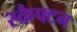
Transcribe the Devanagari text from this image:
स्क्रैफ्टन